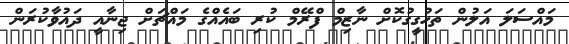
މައްސަލަ އަލުން ތަހުގީގުކޮށް ނާޒިމް ފްރޭމް ކުރި ބައެއްގެ މައްޗަށް ޖިނާއީ ދައުވާކުރަން